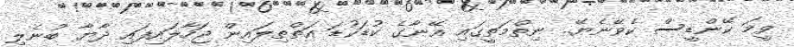
ވީމަ ކޭންޑީސް ކެވޭނެޔޭ.. ނިތްމަތީގައި އޭނާގެ ކުޑަކުޑަ އަތްތިލައިން ޖަހާލައިފައި ދާޔާ ބުނެލި